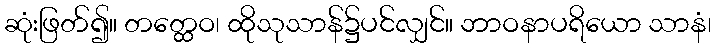
ဆုံးဖြတ်၍။ တတ္ထေဝ၊ ထိုသုသာန်၌ပင်လျှင်။ ဘာဝနာပရိယော သာနံ၊